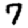
Digit: 7